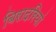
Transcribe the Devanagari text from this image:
बिरादरियां